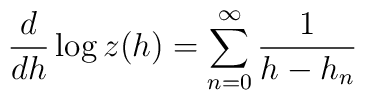
\frac d{dh}\log z(h)=\sum_{n=0}^{\infty}\frac1{h-h_{n}}